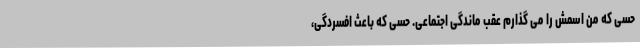
حسی که من اسمش را می گذارم عقب ماندگی اجتماعی. حسی که باعث افسردگی،